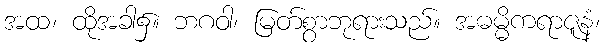
အထ၊ ထိုအခါ၌။ ဘဂဝါ၊ မြတ်စွာဘုရားသည်။ အဓမ္မိကရာဇူနံ၊